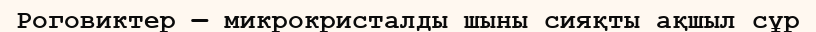
Роговиктер — микрокристалды шыны сияқты ақшыл сұр